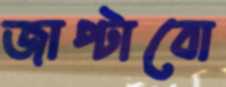
জাপ্‌টাবো